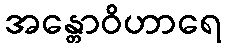
အန္တောဝိဟာရေ